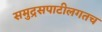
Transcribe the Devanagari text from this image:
समुद्रसपाटीलगतच